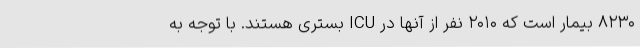
۸۲۳۰ بیمار است که ۲۰۱۰ نفر از آنها در ICU بستری هستند. با توجه به